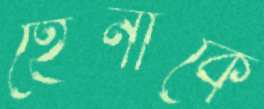
হেনাকে